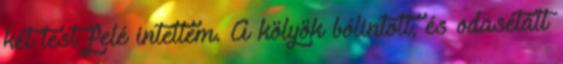
két test felé intettem. A kölyök bólintott, és odasétált